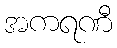
အကရဏီ